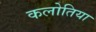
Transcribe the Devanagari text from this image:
कलोतिया